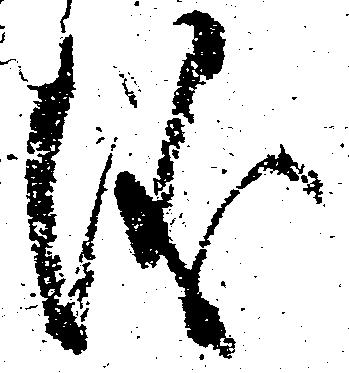
儀